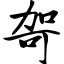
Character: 哿